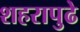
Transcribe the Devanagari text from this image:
शहरापुढे